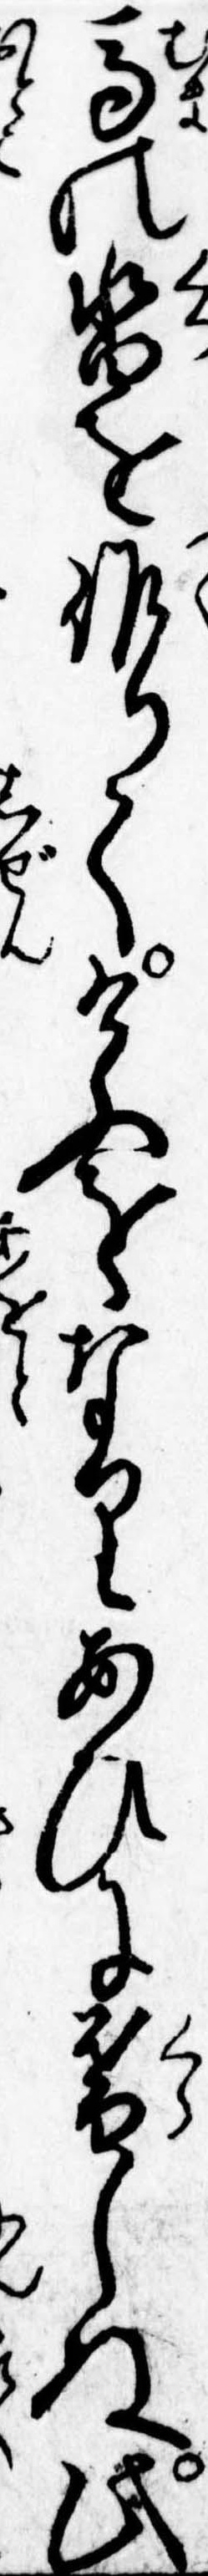
馬の沓を作りてけふをなりあひに暮しぬ此